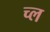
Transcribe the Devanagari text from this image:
च्ल